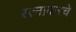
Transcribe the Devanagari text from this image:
रत्‍नाकरचे